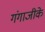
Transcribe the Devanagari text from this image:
गंगाजीके